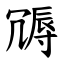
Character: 䢆